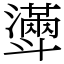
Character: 𣂎